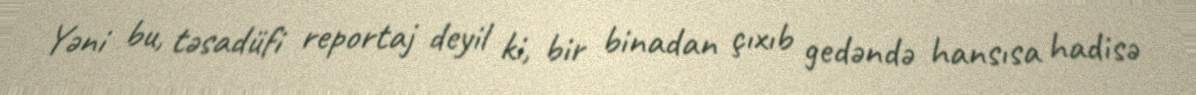
Yəni bu, təsadüfi reportaj deyil ki, bir binadan çıxıb gedəndə hansısa hadisə